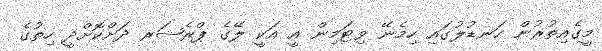
މީގެއިތުރުން ހަނޑުލުގައި ހިމެނޭ ވިޓަމިން އީ އަކީ ލޭގެ ޕްރެޝަރ ދަށްކޮށްދީ ހިތުގެ